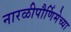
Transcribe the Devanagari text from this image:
नारळीपौर्णिमेच्या